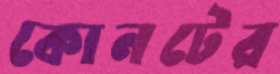
কোনটের